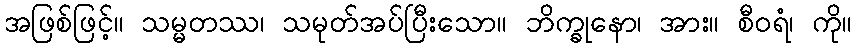
အဖြစ်ဖြင့်။ သမ္မတဿ၊ သမုတ်အပ်ပြီးသော။ ဘိက္ခုနော၊ အား။ စီဝရံ၊ ကို။